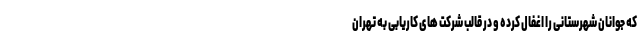
که جوانان شهرستانی را اغفال کرده و در قالب شرکت های کاریابی به تهران